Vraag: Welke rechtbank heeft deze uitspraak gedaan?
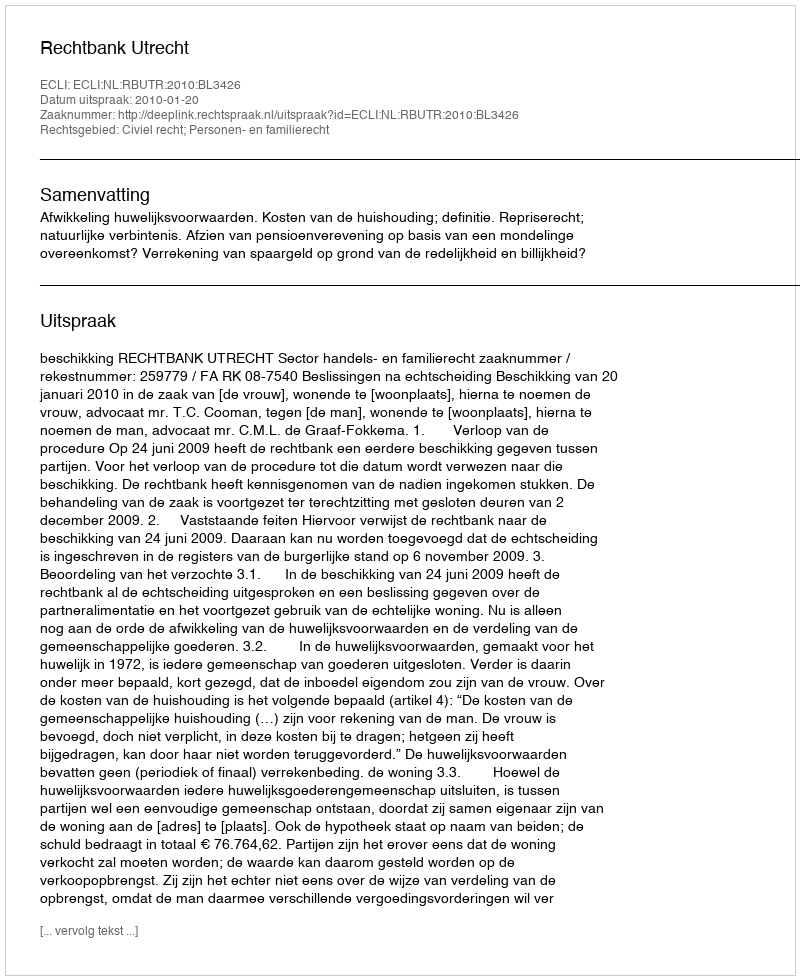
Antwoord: Rechtbank Utrecht